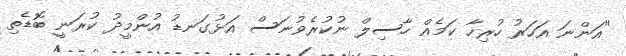
"އަންނަ އަހަރު ހުރިހާ ކަމެއް ހާސިލް ނުކުރެވުނަސް އަޅުގަނޑު އުންމީދު ކުރަނީ ބޮޑެތި